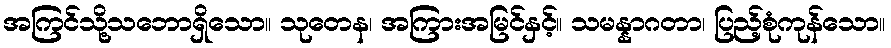
အကြင်သို့သဘောရှိသော။ သုတေန၊ အကြားအမြင်နှင့်။ သမန္နာဂတာ၊ ပြည့်စုံကုန်သော။